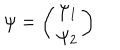
LaTeX: \psi = \left( \begin{array} { c } { { \psi _ { 1 } } } \\ { { \psi _ { 2 } } } \\ \end{array} \right)